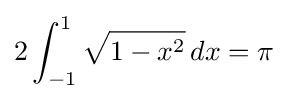
2\int _{-1}^{1}{\sqrt {1-x^{2}}}\,dx=\pi